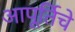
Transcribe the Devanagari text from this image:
आपूर्तिचे